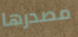
مصدرها